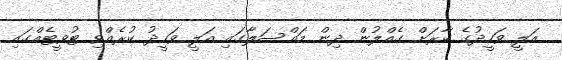
އަލީ ވަހީދުގެ ކާރަށް ގެއްލުން ދިން މައްސަލާގައި އަލީ ވަހީދު ކުރެއްވި ޓުވީޓެއްގައި